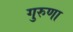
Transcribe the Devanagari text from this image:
गुरुणा